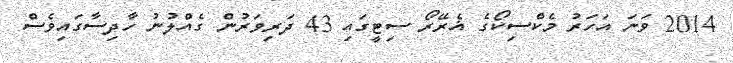
2014 ވަނަ އަހަރު މެކްސިކޯގެ ޣެރޭރޯ ސިޓީގައި 43 ދަރިވަރުން ގެއްލުނު ހާދިސާގައިވެސް